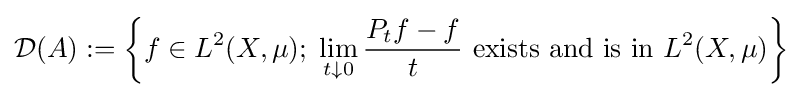
{\mathcal {D}}(A):=\left\{f\in L^{2}(X,\mu );\;\lim \limits _{t\downarrow 0}{\frac {P_{t}f-f}{t}}{\text{ exists and is in }}L^{2}(X,\mu )\right\}